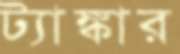
ট্যাঙ্কার